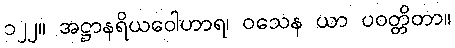
၁၂၂။ အဋ္ဌာနရိယဝေါဟာရ၊ ဝသေန ယာ ပဝတ္တိတာ။